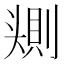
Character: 𰋰